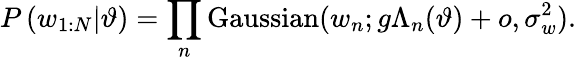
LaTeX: P\left(w_{1:N}|\vartheta\right)=\prod_{n}\mathrm{Gaussian}(w_{n};g\Lambda_{n}(\vartheta)+o,\sigma_{w}^{2}).